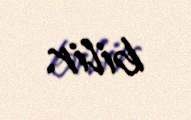
bilir.